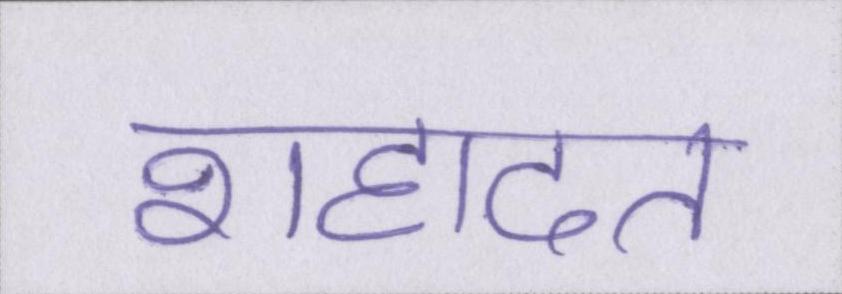
शहादत